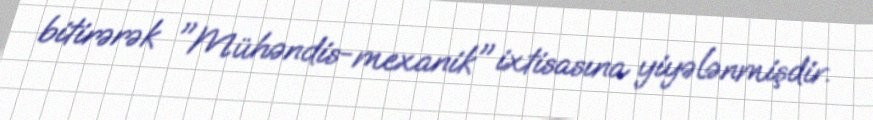
bitirərək "Mühəndis-mexanik" ixtisasına yiyələnmişdir.